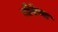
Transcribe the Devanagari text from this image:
मोर्फेया